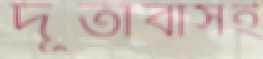
দূতাবাসই